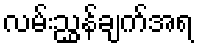
လမ်းညွှန်ချက်အရ